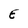
Character: E